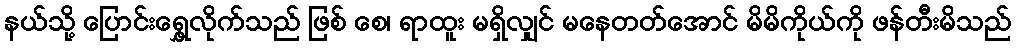
နယ်သို့ ပြောင်းရွှေ့လိုက်သည် ဖြစ် စေ၊ ရာထူး မရှိလျှင် မနေတတ်အောင် မိမိကိုယ်ကို ဖန်တီးမိသည်